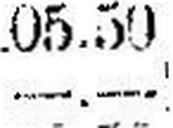
—.—